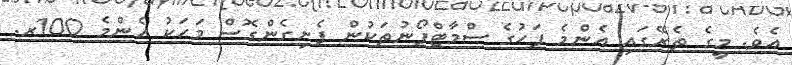
އެވެ. މީގެ ތެރޭގައި އެންމެ ފަހުގެ ސްމާޓްފޯނުތަކުން ފެށިގެންގޮސް މަހަކު އެންމެ 100ރ.